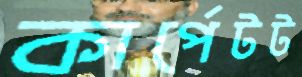
কার্পেটট